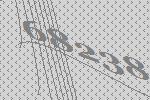
68238